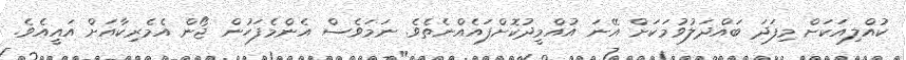
ކުއްލިއަކަށް މިފަދަ ބައްދަލުވުމަކަށް އޭނަ އުއްމީދުކޮށްފައެއްނެތެވެ. ނަމަވެސް އެންމެފަހުން ޖޯން އެމެރިކާއަށް އައީއެވެ.